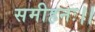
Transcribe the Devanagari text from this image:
समीहनः।।